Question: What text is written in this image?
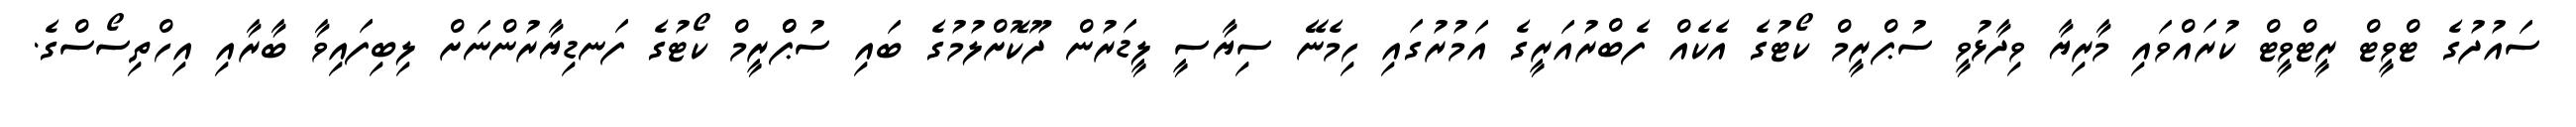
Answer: ސައުދުގެ ޓްވީޓް ރީޓްވީޓް ކުރައްވައި މާރިޔާ ވިދާޅުވީ ސުޕްރީމް ކޯޓުގެ އެކެއް ފެބްރުއަރީގެ އަމުރުގައި ހިމެނޭ ސިޔާސީ ލީޑަރުން ދޫކޮށްލުމުގެ ބައި ސުޕްްރީމް ކޯޓުގެ ފަނޑިޔާރުންނަށް ލިބިފައިވާ ބާރާއި އިހްތިސޯސްގެ.